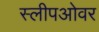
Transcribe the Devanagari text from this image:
स्लीपओवर